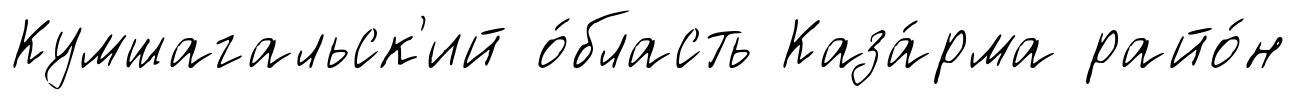
Кумшагальск'ий о́бласть Каза́рма райо́н